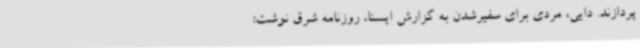
پردازند. دایی، مردی برای سفیرشدن به گزارش ایسنا، روزنامه شرق نوشت: